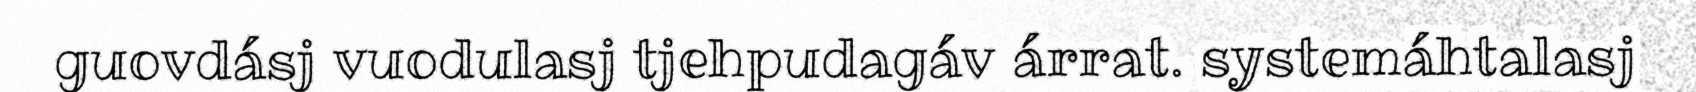
guovdásj vuodulasj tjehpudagáv árrat. systemáhtalasj